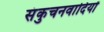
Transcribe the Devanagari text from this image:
संकुचनवादियों